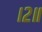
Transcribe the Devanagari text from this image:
।२॥